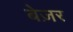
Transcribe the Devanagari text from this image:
बेज़र